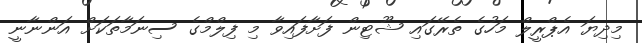
މިދިޔަ އެޕްރީލް މަހުގެ ތެރޭގައި ޝޫޓިން ފަށާފައިވާ މި ފިލްމްގެ ސިނަމާތަކަށް އަންނާނީ